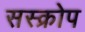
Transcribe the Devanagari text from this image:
सस्क्रोप